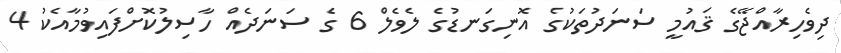
ދިވެހިރާއްޖޭގެ ޤައުމީ ސަނަދުތަކުގެ އޮނިގަނޑުގެ ލެވެލް 6 ގެ ސަނަދެއް ހާސިލުކޮށްފައިވުމާއެކު 4